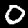
Digit: 0